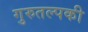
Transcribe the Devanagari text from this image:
गुरुतल्पकी